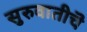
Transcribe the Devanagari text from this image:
सुरुवातीचॆ